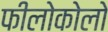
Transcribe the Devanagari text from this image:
फीलोकोलो